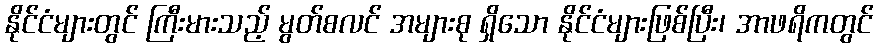
နိုင်ငံများတွင် ကြီးမားသည့် မွတ်စလင် အများစု ရှိသော နိုင်ငံများဖြစ်ပြီး၊ အာဖရိကတွင်